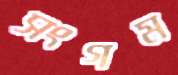
সংগম